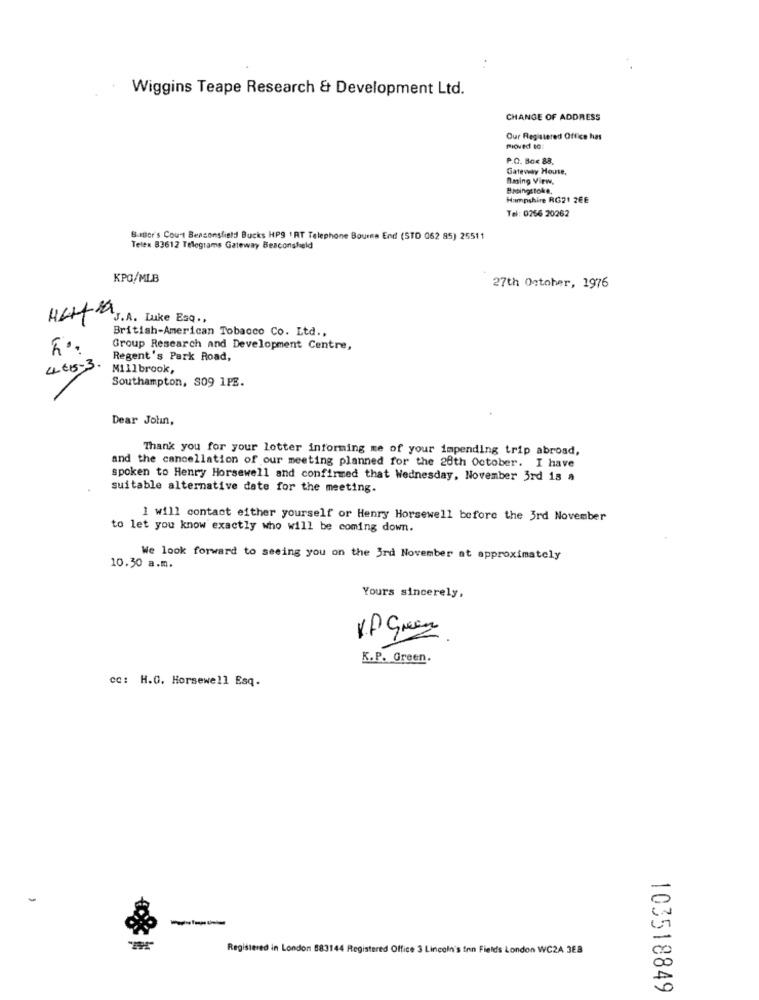
Wiggins Teape Research & Development Ltd.
CHANGE OF ADDRESS
Our Registered Office has
mioved so
P.O. Box 88,
Gateway House,
Aming View.
Basingstoke.
Hampshire RG21 2EE
Tel: 0256 20262
B.mer's Court Beaconsfield Bucks HP9 ' RT Telephone Bourse End (STO 062 85) 25511
Telex 83612 Telegrams Gateway Beaconshield
KPG/MLB
27th October, 1976
J.A. Luke Esq .,
British-American Tobacco Co. Ltd .,
Group Research and Development Centre,
Regent's Park Road,
4€5.3.
Millbrook,
Southampton, S09 1PE.
Dear Jotun,
Thank you for your lotter informing me of your impending trip abroad,
and the cancellation of our meeting planned for the 28th October. I have
spoken to Henry Horsewell and confirmed that Wednesday, November 3rd 1s a
suitable alternative date for the meeting.
I will contact either yourself or Henry Horsewell before the 3rd November
to let you know exactly who will be coming down.
We look forward to seeing you on the 3rd November at approximately
10.30 a.m.
Yours sincerely,
V.P Green
K.P. Green.
cc: H.G. Horsewell Esq.
Registered in London 883144 Registered Office 3 Lincoln's Inn Fields London WC2A 3EB
103518849